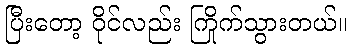
ပြီးတော့ ဝိုင်လည်း ကြိုက်သွားတယ်။